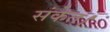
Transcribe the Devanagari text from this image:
संकेत।